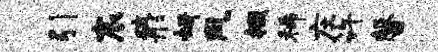
引宸破彤妍风掇稀庄许馨